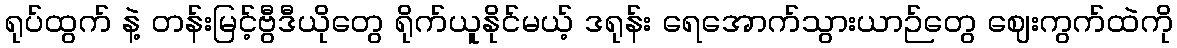
ရုပ်ထွက် နဲ့ တန်းမြင့်ဗွီဒီယိုတွေ ရိုက်ယူနိုင်မယ့် ဒရုန်း ရေအောက်သွားယာဉ်တွေ ဈေးကွက်ထဲကို